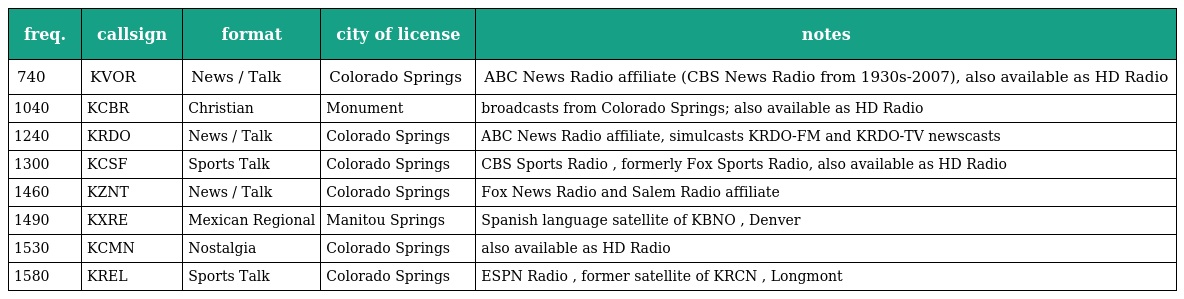
| freq. | callsign | format | city of license | notes |
 | --- | --- | --- | --- | --- |
 | 740 | KVOR | News / Talk | Colorado Springs | ABC News Radio affiliate (CBS News Radio from 1930s-2007), also available as HD Radio |
 | 1040 | KCBR | Christian | Monument | broadcasts from Colorado Springs; also available as HD Radio |
 | 1240 | KRDO | News / Talk | Colorado Springs | ABC News Radio affiliate, simulcasts KRDO-FM and KRDO-TV newscasts |
 | 1300 | KCSF | Sports Talk | Colorado Springs | CBS Sports Radio , formerly Fox Sports Radio, also available as HD Radio |
 | 1460 | KZNT | News / Talk | Colorado Springs | Fox News Radio and Salem Radio affiliate |
 | 1490 | KXRE | Mexican Regional | Manitou Springs | Spanish language satellite of KBNO , Denver |
 | 1530 | KCMN | Nostalgia | Colorado Springs | also available as HD Radio |
 | 1580 | KREL | Sports Talk | Colorado Springs | ESPN Radio , former satellite of KRCN , Longmont |